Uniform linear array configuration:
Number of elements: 12
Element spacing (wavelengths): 1
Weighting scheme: hamming
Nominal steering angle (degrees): -45
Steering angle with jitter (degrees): -46.85
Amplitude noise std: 0.05
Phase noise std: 0.05

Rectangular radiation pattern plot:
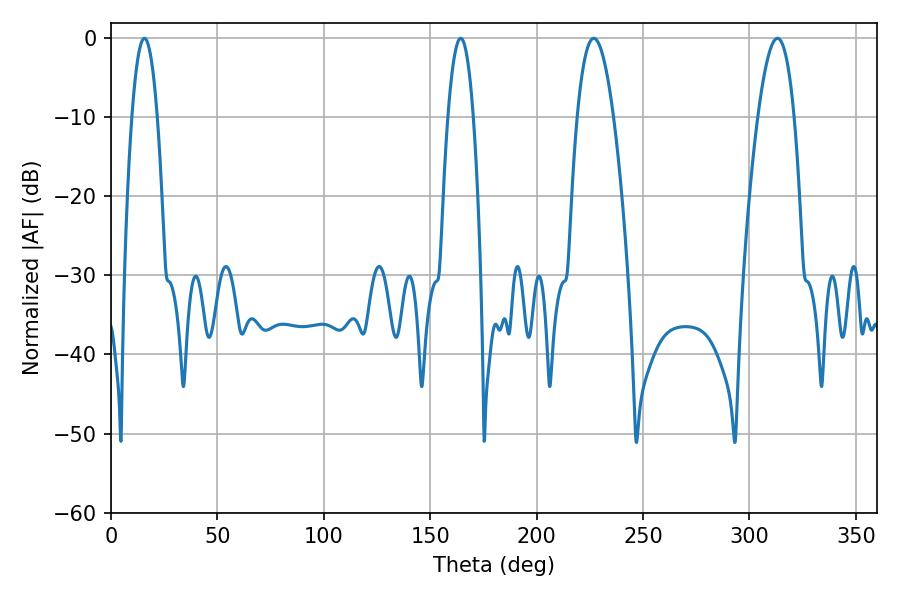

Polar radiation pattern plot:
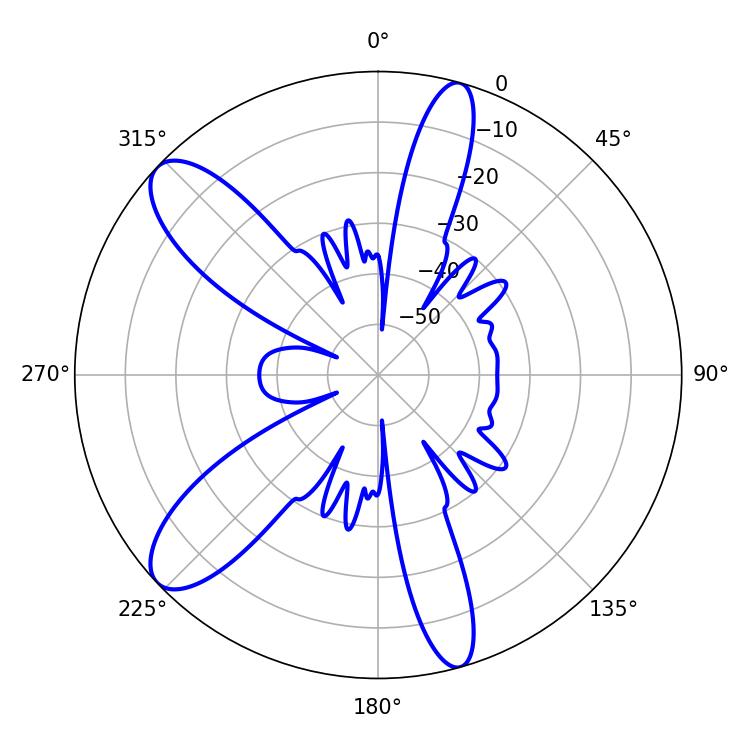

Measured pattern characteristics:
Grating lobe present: TRUE
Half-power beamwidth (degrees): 9.54
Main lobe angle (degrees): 226.8